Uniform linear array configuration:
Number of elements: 24
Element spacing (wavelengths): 0.75
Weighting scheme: exponential
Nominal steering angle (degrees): -60
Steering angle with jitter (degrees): -59.163
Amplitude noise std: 0.05
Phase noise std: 0.05

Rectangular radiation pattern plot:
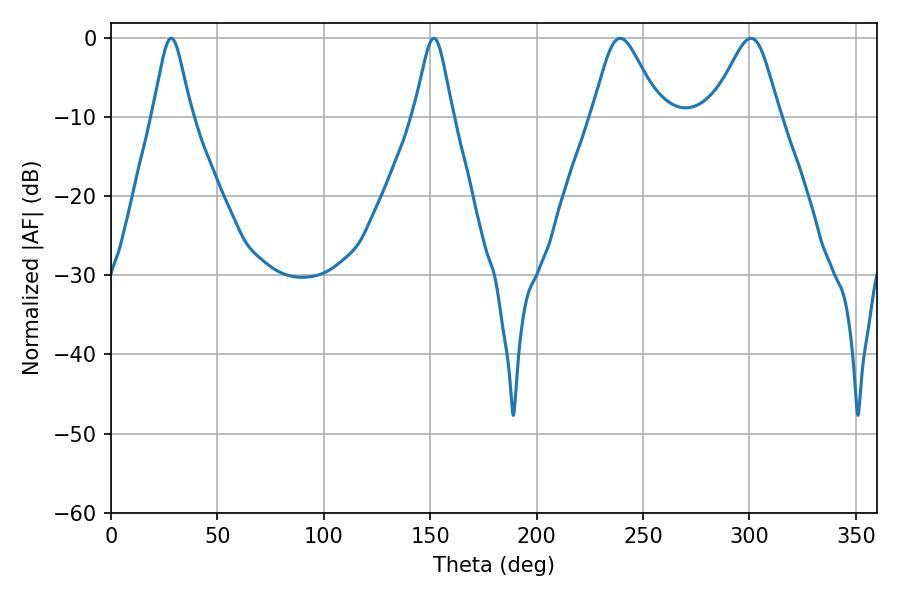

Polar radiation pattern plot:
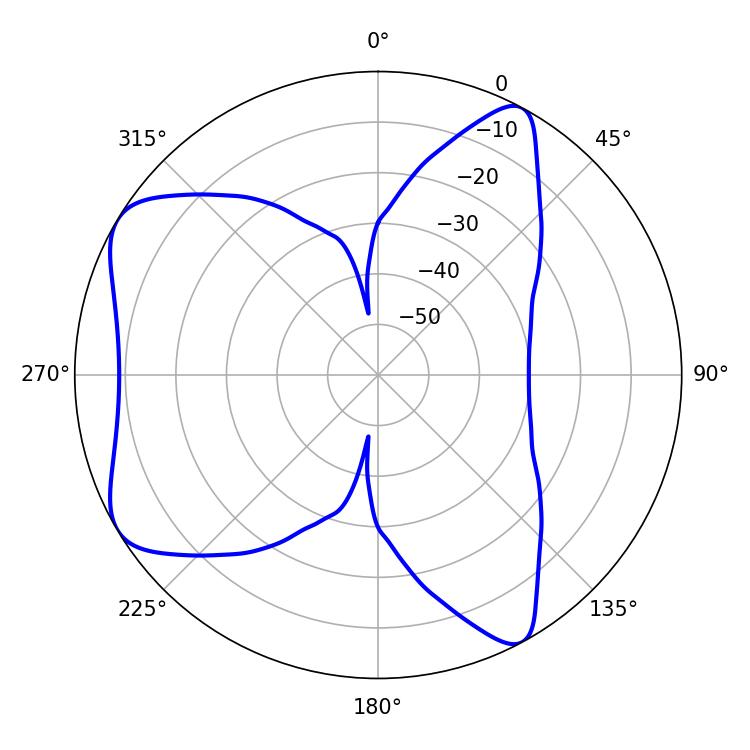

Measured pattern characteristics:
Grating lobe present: TRUE
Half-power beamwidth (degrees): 8.82
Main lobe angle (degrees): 28.26